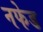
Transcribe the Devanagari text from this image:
नफेड